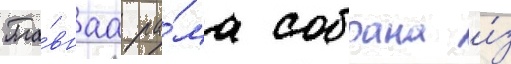
Гла́внаа ра́ма собрана и́з